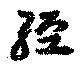
経